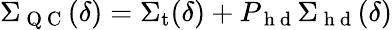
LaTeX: \Sigma_{\mathrm{~Q~C~}}(\delta)=\Sigma_{\mathrm{t}}(\delta)+P_{\mathrm{~h~d~}}\Sigma_{\mathrm{~h~d~}}(\delta)